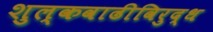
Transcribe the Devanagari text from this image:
शुल्कवाढीविरुद्ध